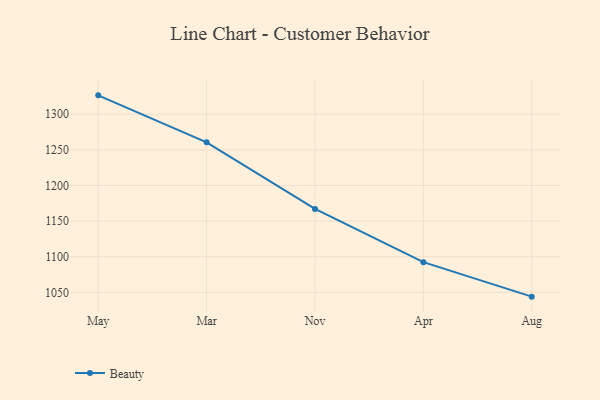
{"axis": {"x": "Month", "y": "Shipments"}, "legend": ["Beauty"], "data": [{"x": "May", "y": 1326.6, "type": "Beauty"}, {"x": "Mar", "y": 1260.6, "type": "Beauty"}, {"x": "Nov", "y": 1167.1, "type": "Beauty"}, {"x": "Apr", "y": 1092.3, "type": "Beauty"}, {"x": "Aug", "y": 1043.9, "type": "Beauty"}]}